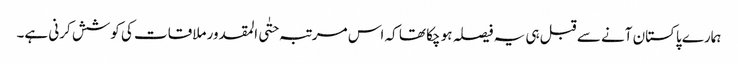
ہمارے پاکستان آنے سے قبل ہی یہ فیصلہ ہو چکا تھا کہ اس مرتبہ حتٰی المقدور ملاقات کی کوشش کرنی ہے۔